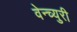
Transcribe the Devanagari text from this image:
वेन्च्युरी